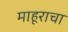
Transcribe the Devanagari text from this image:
माहूराचा